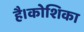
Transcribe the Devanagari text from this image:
है।कोशिका